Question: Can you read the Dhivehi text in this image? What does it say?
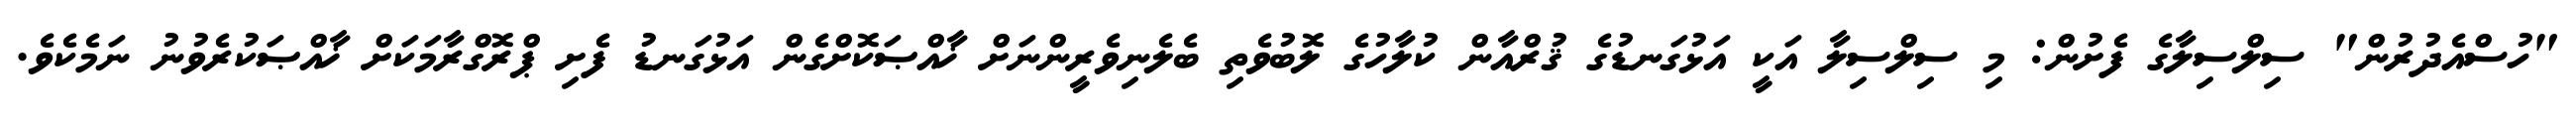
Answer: "ހުސްއެދުރުން" ސިލްސިލާގެ ފެށުން: މި ސިލްސިލާ އަކީ އަޅުގަނޑުގެ ޤުރްއާން ކުލާހުގެ ލޮބުވެތި ބެލެނިވެރީންނަށް ޚާއްޞަކޮށްގެން އަޅުގަނޑު ފެށި ޕްރޮގްރާމަކަށް ޚާއްޞަކުރެވުނު ނަމެކެވެ.